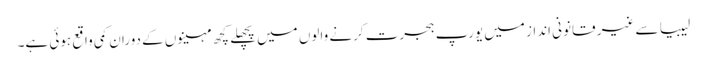
لیبیا سے غیر قانونی انداز میں یورپ ہجرت کرنے والوں میں پچھلے کچھ مہینوں کے دوران کمی واقع ہوئی ہے۔